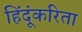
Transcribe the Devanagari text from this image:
हिंदूंकरिता